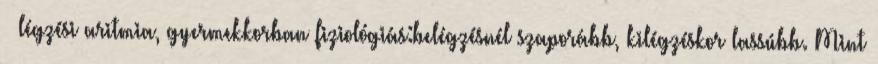
– légzési aritmia, gyermekkorban fiziológiás:belégzésnél szaporább, kilégzéskor lassúbb. Mint